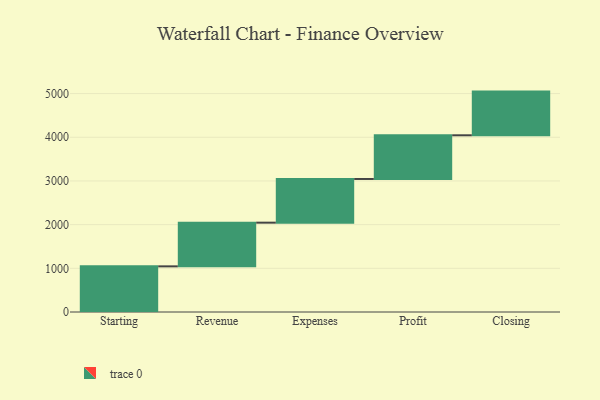
{"axis": {"x": "Step", "y": "Value"}, "legend": [""], "data": [{"x": "Starting", "y": 1045.0, "type": ""}, {"x": "Revenue", "y": 1000, "type": ""}, {"x": "Expenses", "y": 1000, "type": ""}, {"x": "Profit", "y": 1000, "type": ""}, {"x": "Closing", "y": 1000, "type": ""}]}